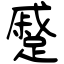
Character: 蹙